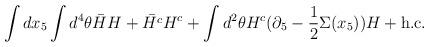
LaTeX: \begin{align*}\int d x_5 \int d^4 \theta \bar{H} H + \bar{H^c} H^c + \int d^2 \theta H^c (\partial_5 - \frac{1}{2} \Sigma(x_5)) H + \mbox{h.c.}\end{align*}